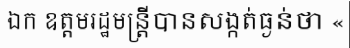
ឯក ឧត្តមរដ្ឋមន្ត្រីបានសង្កត់ធ្ងន់ថា «